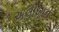
અલીખાન